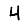
Digit: 4